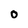
Character: O